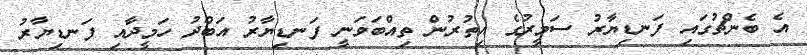
އެ ބެންޗުގައި ފަނޑިޔާރު ސަމީރުގެ އިތުރުން ތިއްބަވަނީ ފަނޑިޔާރު އަބްދު ހަމީދާއި ފަނޑިޔާރު